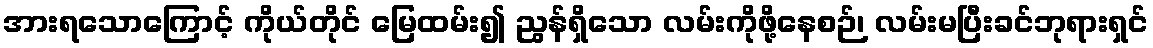
အားရသောကြောင့် ကိုယ်တိုင် မြေထမ်း၍ ညွန်ရှိသော လမ်းကိုဖို့နေစဉ်၊ လမ်းမပြီးခင်ဘုရားရှင်